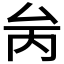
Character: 𠫧